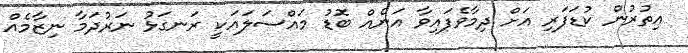
އިތުރުން ކުޑަފަރި އަށް ދިމާވެފައިވާ އަނެއް ބޮޑު މައްސަލައަކީ ރަނގަޅު ނަރުދަމާ ނިޒާމެއް